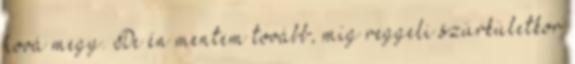
hová megy. De én mentem tovább, míg reggeli szürkületkor